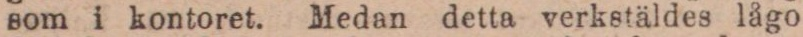
som i kontoret. Medan detta verkstäldes lågo